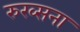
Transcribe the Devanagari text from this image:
रुख्सना